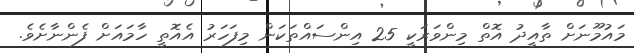
މައުމޫނަށް ތާއީދު އޮތް މިންވަރަކީ 25 އިންސައްތަކަން މިފަހަރު އެއޮތީ ހާމައަށް ފެންނާށެވެ.